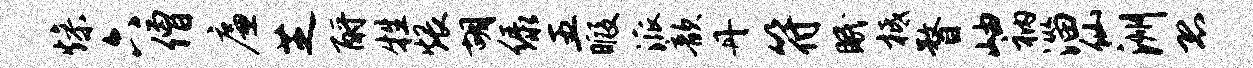
燥六僧廉芝酹牲煨胡绿五暇派歆丹符眠柢瞀岫衲淄仙洲恐